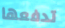
تدفعها